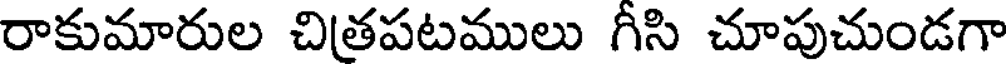
రాకుమారుల చితపటములు గీసి చూపుచుండగా